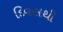
દિવસથી